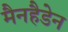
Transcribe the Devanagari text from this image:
मैनहैडेन